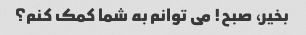
بخیر، صبح! می توانم به شما کمک کنم؟